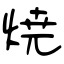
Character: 焼